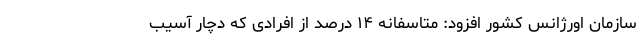
سازمان اورژانس کشور افزود: متاسفانه ١۴ درصد از افرادی که دچار آسیب